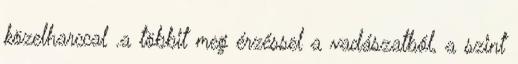
közelharccal .a többit meg érzéssel a vadászatból, a szint